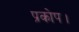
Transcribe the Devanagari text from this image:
प्रकोप।